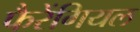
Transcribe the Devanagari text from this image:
फैरेंगियल